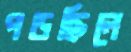
পড়ছিলে